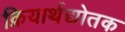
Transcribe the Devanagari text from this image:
क्रियार्थद्योतक